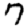
Digit: 7